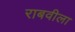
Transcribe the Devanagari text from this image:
राबवीला